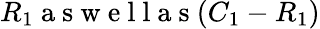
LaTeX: R_{1}\mathrm{~a~s~w~e~l~l~a~s~}(C_{1}-R_{1})